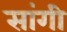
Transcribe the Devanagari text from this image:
सांगी